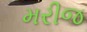
મરીજ